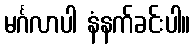
မင်္ဂလာပါ နံနက်ခင်းပါ။